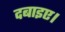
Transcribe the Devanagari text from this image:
दबाइए।